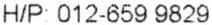
H/P: 012-659 9829